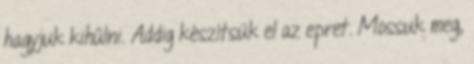
hagyjuk kihűlni. Addig készítsük el az epret. Mossuk meg,